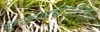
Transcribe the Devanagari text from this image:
एक्सपेक्टेशन्ज़